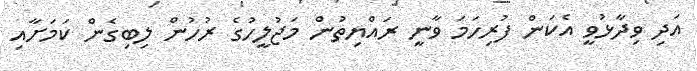
އަދި ވިދާޅުވީ އެކަން ފުރިހަމަ ވާނީ ރައްޔިތުން މަޖުލީހުގެ ރުހުން ލިބިގެން ކަމަށާއި